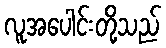
လူအပေါင်းတို့သည်